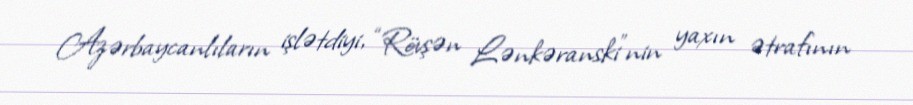
Azərbaycanlıların işlətdiyi, “Rövşən Lənkəranski”nin yaxın ətrafının